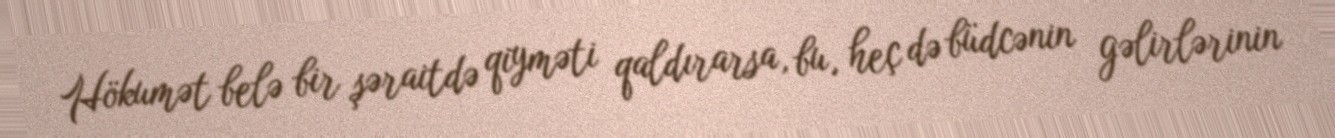
Hökumət belə bir şəraitdə qiyməti qaldırarsa, bu, heç də büdcənin gəlirlərinin